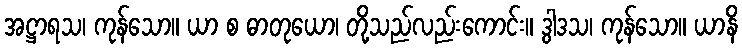
အဋ္ဌာရသ၊ ကုန်သော။ ယာ စ ဓာတုယော၊ တို့သည်လည်းကောင်း။ ဒွါဒသ၊ ကုန်သော။ ယာနိ